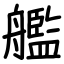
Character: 艦